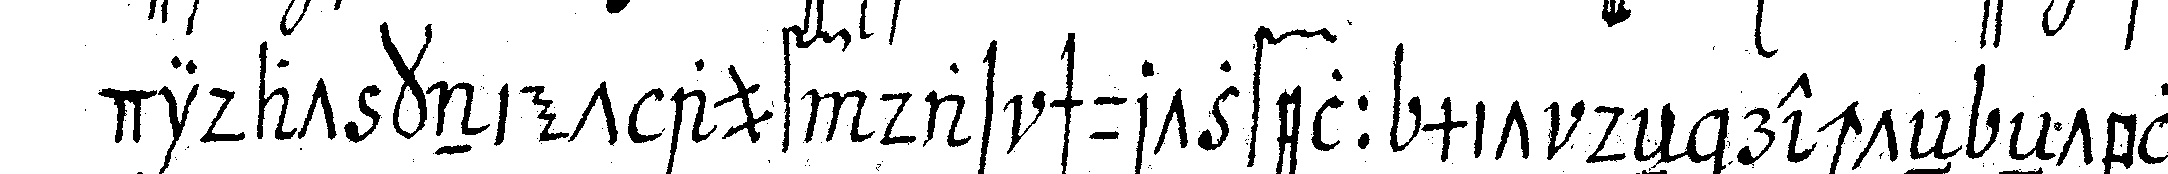
didat kniet auf das schurtzfell mit deN rechteN eNtblöss